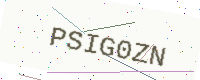
Text: PSIG0ZN